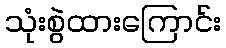
သုံးစွဲထားကြောင်း